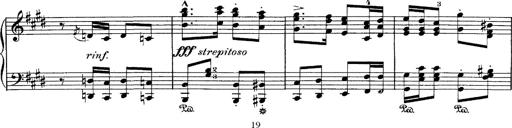
Title: Hungarian Rhapsody No.1
Composer: Franz Liszt
Key: C-sharp minor